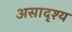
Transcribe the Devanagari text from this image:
असादृश्य